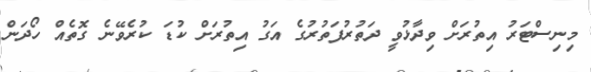
މިނިސްޓަރު އިތުރަށް ވިދާޅުވީ ދަތުރުފަތުރުގެ އަގު އިތުރަށް ކުޑަ ކުރެވޭނެ ގޮތެއް ހޯދަން